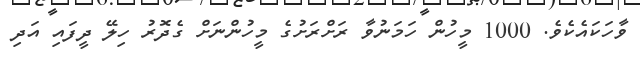
ވާހަކައެކެވެ. 1000 މީހުން ހަމަނުވާ ރަށްރަށުގެ މީހުންނަށް ގެދޮރު ހިލޭ ދީފައި އަދި